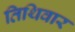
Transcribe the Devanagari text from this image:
तिथिवार